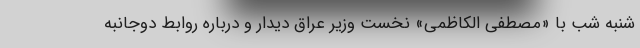
شنبه شب با «مصطفی الکاظمی» نخست وزیر عراق دیدار و درباره روابط دوجانبه